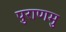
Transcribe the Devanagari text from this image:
पुराणमु